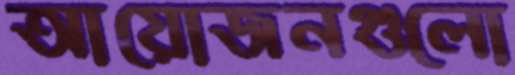
আয়োজনগুলো